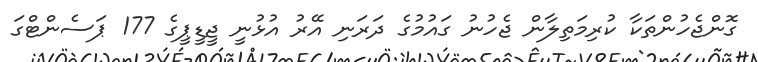
ގޮންޖެހުންތަކާ ކުރިމަތިލާން ޖެހުނު ގައުމުގެ ދަރަނި އޭރު އުޅުނީ ޖީޑީޕީގެ 177 ޕަސެންޓްގަ